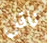
ناقل